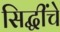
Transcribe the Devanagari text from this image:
सिद्धींचे